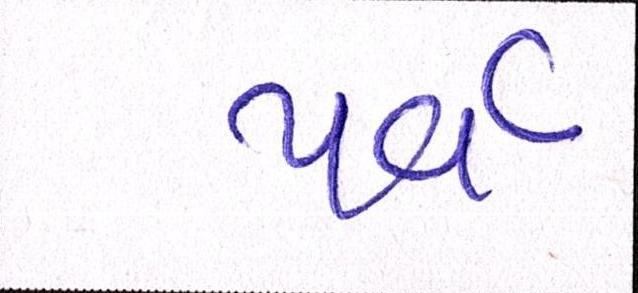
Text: પર્વ